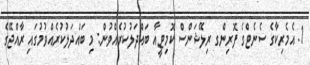
1. އެމެރިކާގެ ސެނެޓްގެ ފޮރިންގ ރިލޭޝަންސް ކޮމިޓީއާ ބައްދަލުކުރެއްވުން: މި ބައްދަލުކުރެއްވުމުގައި ރާއްޖޭގެ